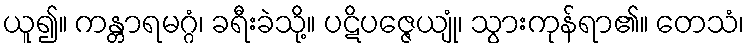
ယူ၍။ ကန္တာရမဂ္ဂံ၊ ခရီးခဲသို့။ ပဋိပဇ္ဇေယျုံ၊ သွားကုန်ရာ၏။ တေသံ၊